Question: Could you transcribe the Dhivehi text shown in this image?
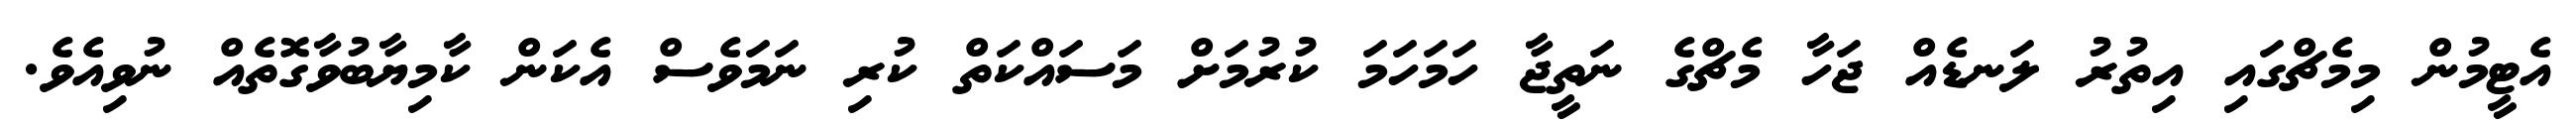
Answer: އެޓީމުން މިމެޗްގައި އިތުރު ލަނޑެއް ޖަހާ މެޗްގެ ނަތީޖާ ހަމަހަމަ ކުރުމަށް މަސައްކަތް ކުރި ނަމަވެސް އެކަން ކާމިޔާބުވާގޮތެއް ނުވިއެވެ.